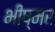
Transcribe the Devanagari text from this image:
भीष्मर